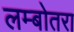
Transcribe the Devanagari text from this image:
लम्बोतरा